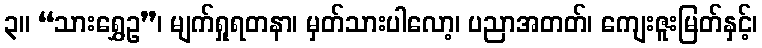
၃။ “သားရွှေဥ”၊ မျက်ရှုရတနာ၊ မှတ်သားပါလော့၊ ပညာအတတ်၊ ကျေးဇူးမြတ်နှင့်၊